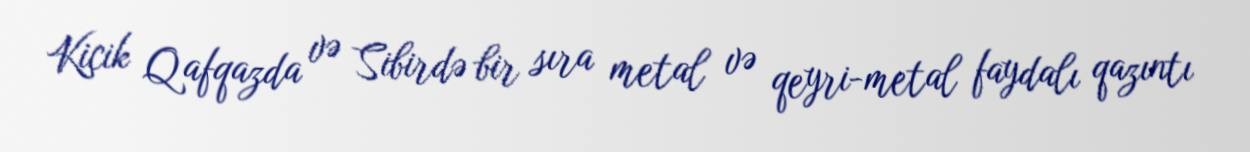
Kiçik Qafqazda və Sibirdə bir sıra metal və qeyri-metal faydalı qazıntı